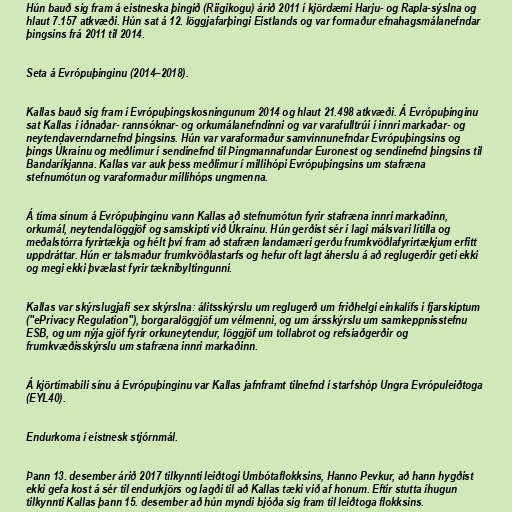
Hún bauð sig fram á eistneska þingið (Riigikogu) árið 2011 í kjördæmi Harju- og Rapla-sýslna og
hlaut 7.157 atkvæði. Hún sat á 12. löggjafarþingi Eistlands og var formaður efnahagsmálanefndar
þingsins frá 2011 til 2014.

Seta á Evrópuþinginu (2014–2018).

Kallas bauð sig fram í Evrópuþingskosningunum 2014 og hlaut 21.498 atkvæði. Á Evrópuþinginu
sat Kallas í iðnaðar- rannsóknar- og orkumálanefndinni og var varafulltrúi í innri markaðar- og
neytendaverndarnefnd þingsins. Hún var varaformaður samvinnunefndar Evrópuþingsins og
þings Úkraínu og meðlimur í sendinefnd til Þingmannafundar Euronest og sendinefnd þingsins til
Bandaríkjanna. Kallas var auk þess meðlimur í millihópi Evrópuþingsins um stafræna
stefnumótun og varaformaður millihóps ungmenna.

Á tíma sínum á Evrópuþinginu vann Kallas að stefnumótun fyrir stafræna innri markaðinn,
orkumál, neytendalöggjöf og samskipti við Úkraínu. Hún gerðist sér í lagi málsvari lítilla og
meðalstórra fyrirtækja og hélt því fram að stafræn landamæri gerðu frumkvöðlafyrirtækjum erfitt
uppdráttar. Hún er talsmaður frumkvöðlastarfs og hefur oft lagt áherslu á að reglugerðir geti ekki
og megi ekki þvælast fyrir tæknibyltingunni.

Kallas var skýrslugjafi sex skýrslna: álitsskýrslu um reglugerð um friðhelgi einkalífs í fjarskiptum
("ePrivacy Regulation"), borgaralöggjöf um vélmenni, og um ársskýrslu um samkeppnisstefnu
ESB, og um nýja gjöf fyrir orkuneytendur, löggjöf um tollabrot og refsiaðgerðir og
frumkvæðisskýrslu um stafræna innri markaðinn.

Á kjörtímabili sínu á Evrópuþinginu var Kallas jafnframt tilnefnd í starfshóp Ungra Evrópuleiðtoga
(EYL40).

Endurkoma í eistnesk stjórnmál.

Þann 13. desember árið 2017 tilkynnti leiðtogi Umbótaflokksins, Hanno Pevkur, að hann hygðist
ekki gefa kost á sér til endurkjörs og lagði til að Kallas tæki við af honum. Eftir stutta íhugun
tilkynnti Kallas þann 15. desember að hún myndi bjóða sig fram til leiðtoga flokksins.